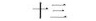
十三